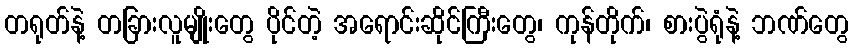
တရုတ်နဲ့ တခြားလူမျိုးတွေ ပိုင်တဲ့ အရောင်းဆိုင်ကြီးတွေ၊ ကုန်တိုက်၊ စားပွဲရုံနဲ့ ဘဏ်တွေ